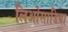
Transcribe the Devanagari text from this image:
लिओसाडिया